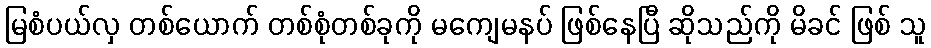
မြစံပယ်လှ တစ်ယောက် တစ်စုံတစ်ခုကို မကျေမနပ် ဖြစ်နေပြီ ဆိုသည်ကို မိခင် ဖြစ် သူ